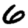
Digit: 6